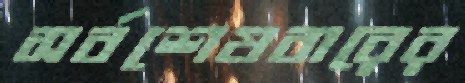
সর্বশেষবারের